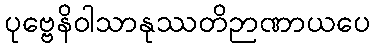
ပုဗ္ဗေနိဝါသာနုဿတိဉာဏာယပေ